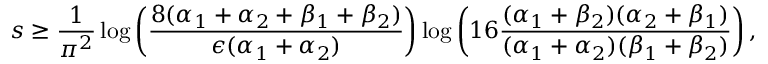
s \geq \frac { 1 } { \pi ^ { 2 } } \log \left( \frac { 8 ( \alpha _ { 1 } + \alpha _ { 2 } + \beta _ { 1 } + \beta _ { 2 } ) } { \epsilon ( \alpha _ { 1 } + \alpha _ { 2 } ) } \right) \log \left( 1 6 \frac { ( \alpha _ { 1 } + \beta _ { 2 } ) ( \alpha _ { 2 } + \beta _ { 1 } ) } { ( \alpha _ { 1 } + \alpha _ { 2 } ) ( \beta _ { 1 } + \beta _ { 2 } ) } \right) ,